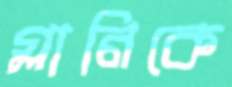
গ্লানিকে